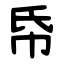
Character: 帋